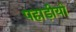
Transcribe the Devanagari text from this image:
पहाड़ीयो